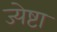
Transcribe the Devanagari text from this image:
ज्येष्टा